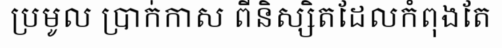
ប្រមូល ប្រាក់កាស ពីនិស្សិតដែលកំពុងតែ